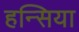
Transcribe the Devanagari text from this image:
हन्सिया